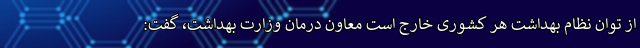
از توان نظام بهداشت هر کشوری خارج است معاون درمان وزارت بهداشت، گفت: